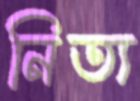
নিত্য